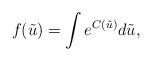
\begin{align*} f(\tilde{u}) = \int e^{C(\tilde{u})}d\tilde{u}, \end{align*}